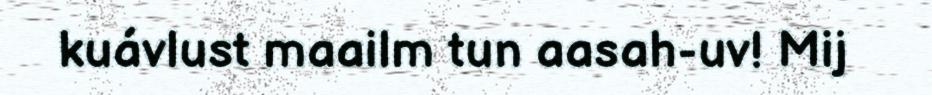
kuávlust maailm tun aasah-uv! Mij